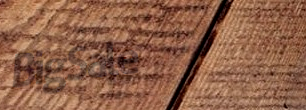
BigSale